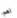
اهم